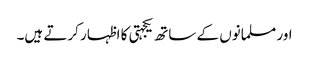
اور مسلمانوں کے ساتھ یکجہتی کا اظہار کرتے ہیں۔